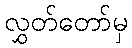
လွှတ်တော်မှ